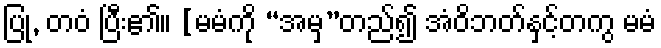
ပြု, တဝံ ပြီး၏။ [မမံကို “အမှ”တည်၍ အံဝိဘတ်နှင့်တကွ မမံ